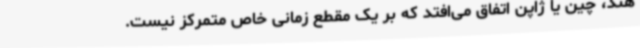
هند، چین یا ژاپن اتفاق می‌افتد که بر یک مقطع زمانی خاص متمرکز نیست.